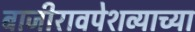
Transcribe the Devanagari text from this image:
बाजीरावपेशव्याच्या